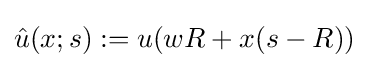
{\hat {u}}(x;s):=u(wR+x(s-R))